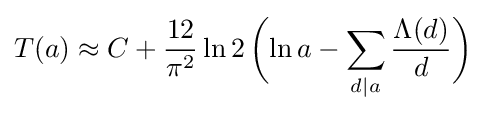
T(a)\approx C+{\frac {12}{\pi ^{2}}}\ln 2\,{\biggl (}{\ln a}-\sum _{d\mid a}{\frac {\Lambda (d)}{d}}{\biggr )}